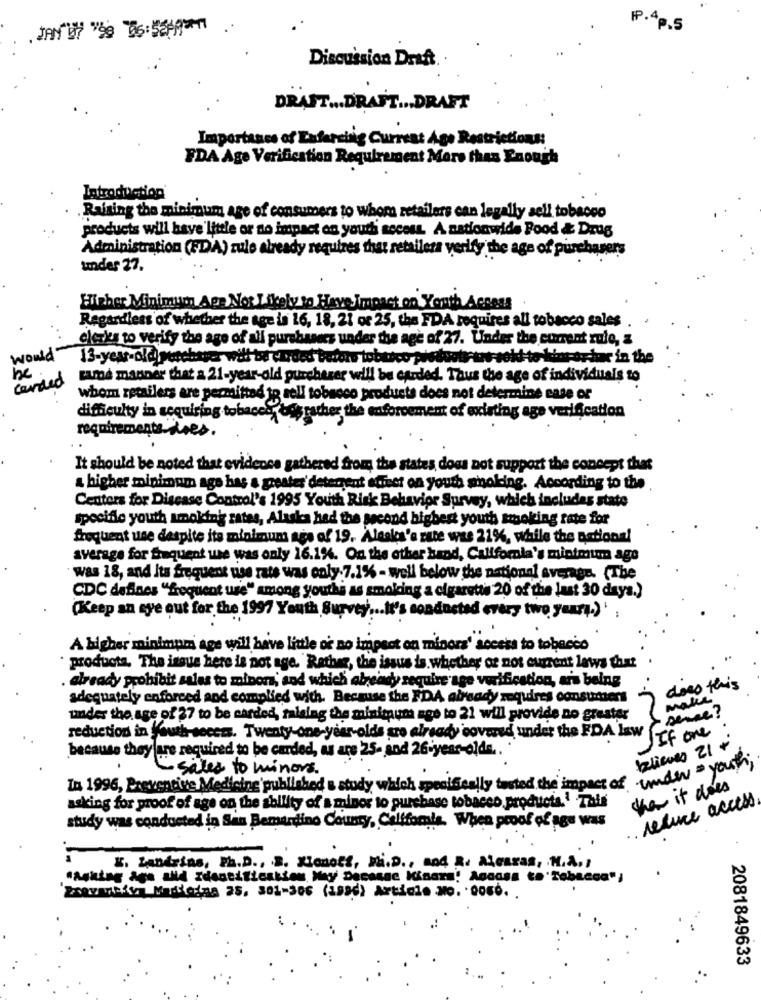
JAN'S "59 06:584931
P.4p.5
Discussion Draft.
DRAFT ... DRAFT ... DRAFT
Importance of Estarsing Current Ago Restrictions
FDA Age Verification Requirement More than Enough
Introduction
Raising the minimum age of consumers to whom retailers can legally aeli tobacco
products will have'little or no impact on youdi secess. A nationwide Food & Drug
Administration (FD)A) zule already requires that retailers verify the age of purchasers
tinder 27.
Fisher Minimum Age Not Likely to Have impact on Youth Access
Regardless of whether the age is 16, 18, 21 or 25, the FDA requires all tobacco sales
clerks to verify the age of all purebasees under the age of 27. Under the current rule, z
would
13-year-old perchaser will be corded bretons tobusco plsduotrans-sok to kins-artur in the
be
same manner that a 21-year-old purchaser will be carded. Thus the age of individuals to
canned
whom retailers are permitted to sell tobacco products does not determine ease or
difficulty in acquiring tobaces, bos rather the enforcement of existing age verification
requirements does.
It should be noted that evidence gathered from the states does not support the concept that
a higher minimum age has a greates' deterrent effect on youth smoking. According to the
Centers for Disease Control's 1995 Youth Risk Behavior Survey, which includes state
specifile youth smoking rates, Alaska had the second highest youth smoking rate for
frequent use despite its minimum age of 19. Aleaks'e zate was 21%, while the national
average for frequent we was only 16.1%. On the other hand, California's minimum age
was 18, and Its frequent use rats was only.7.1% - well below the national average. (The
CDC defines "frequent use" among youthi as smoking a cigarette 20 of the last 30 days.)
(Keep an eye out for the 1997 Youth Survey ... It's conducted every two years.)'
A higher minimum age will have little or no impact on minors' access to tobacco
producta. The issue here is not age. Rather, the issus is.whether or not current laws that
already prohibit sales to minors, and which ebreidy require age verification, ara being
does this
adequately enforced and complied with. Because the FDA already requires consumers
MalLA
under the age of 27 to be carded, malalag the minimum age to 21 will provide no greater
sense ?
If one
reduction in Youth seeers. Twenty-one-year-olds are already covered under the FDA law
because they are required to be carded, as are 25- and 26-year-olde ..
believes 21 +
E sales to minors.
In 1996, Preventive Medicine published & study which specifically tasted the impact of under your,
then it does
asking for proof of age on the ability of a minor to purchase tobacco products.' This
reduce access
study was conducted in San Bemardino County, Celffomis. When proof of age was
E. Zandrias, Ph.D ., S. Kionoff, Mi.D ., and R. Alearas, M.A .;
Znovawizy Masiadas 25, 301-306 (1996) Article NO. . 0060. .
2081849633